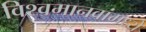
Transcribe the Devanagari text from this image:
विश्वमानवांमध्ये